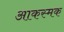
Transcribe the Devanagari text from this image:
आकस्मक